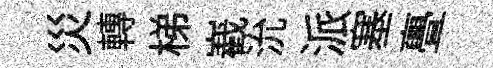
災轉梯嶻沇派塞亹